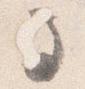
馬